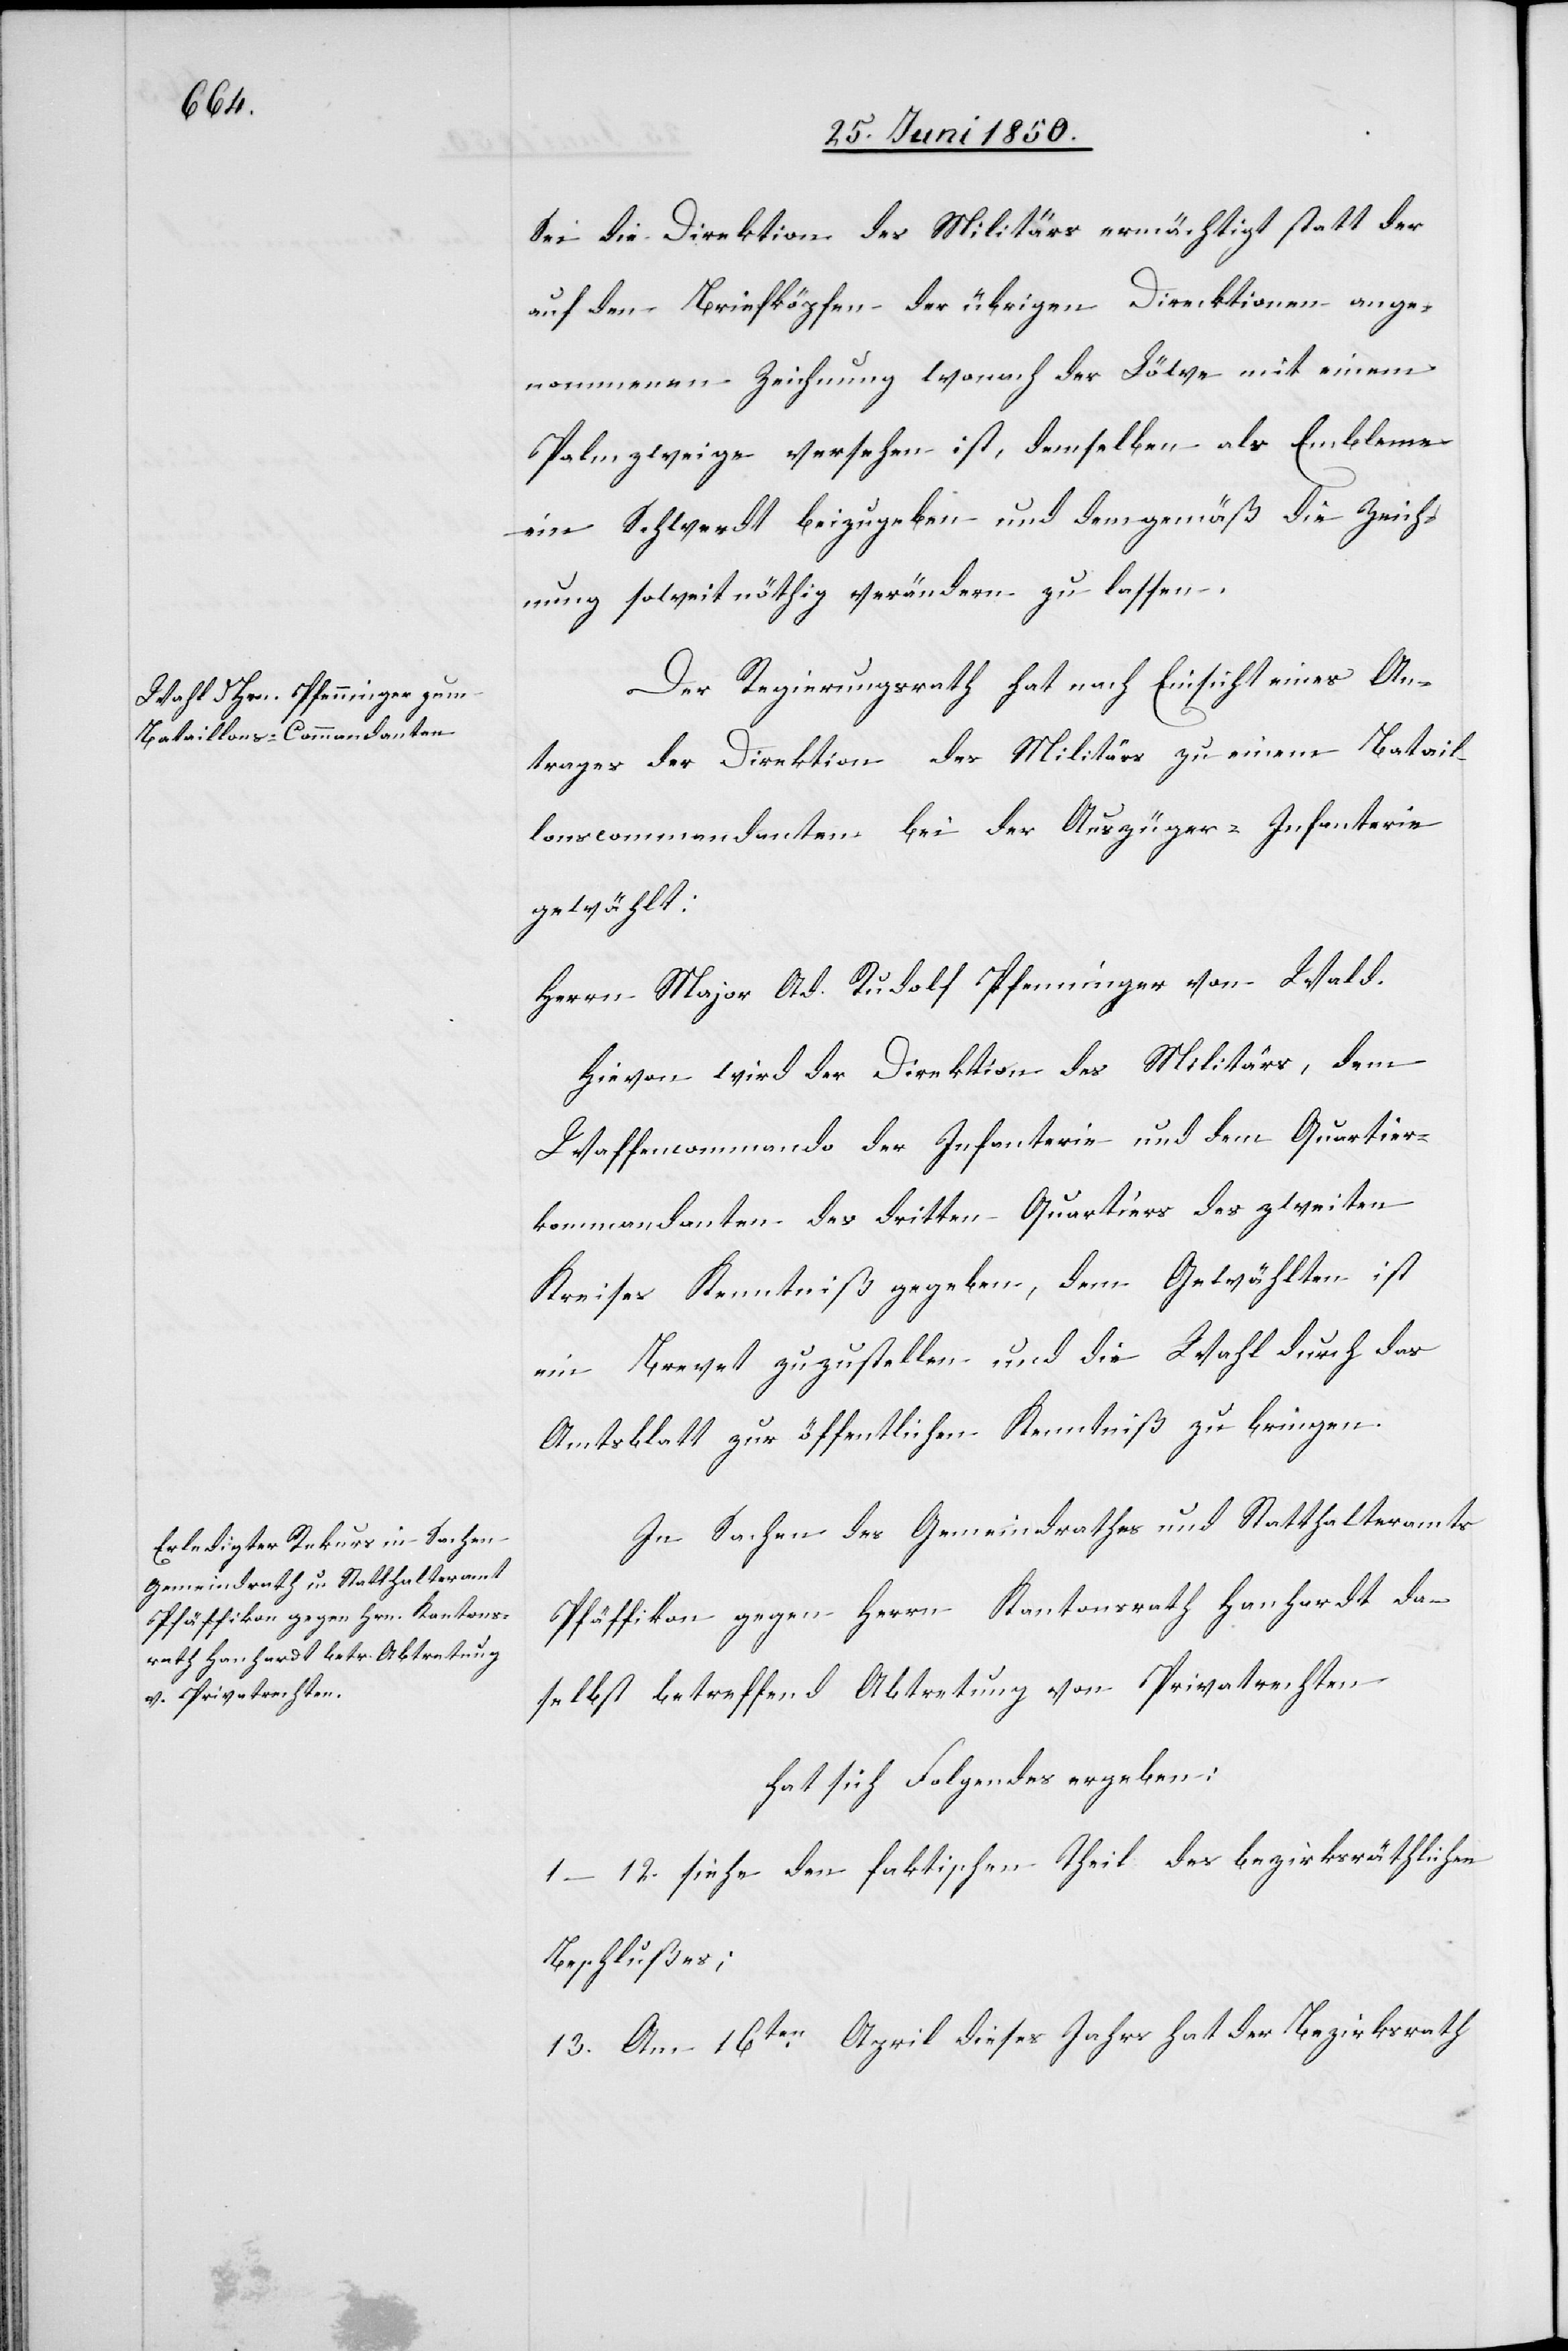
Sei die Direktion des Militärs ermächtigt statt der
auf den Briefköpfen der übrigen Direcktionen ange¬
nommenen Zeichnung wonach der Löwe mit einem
Palmzweige versehen ist, demselben als Embleme
ein Schwerdt beizugeben und demgemäß die Zeich¬
nung soweit nöthig verändern zu lassen.
Der Regierungsrath hat nach Einsicht eines An¬
trages der Direktion des Militärs zu einem Batail¬
lonscommandanten bei der Auszüger-Infanterie
gewählt:
Herrn Major Ad. Rudolf Pfenninger von Wald.
Hievon wird der Direktion des Militärs, dem
Waffencommando der Infanterie und dem Quartier¬
kommandanten des dritten Quartiers des zweiten
Kreises Kenntniß gegeben, dem gewählten ist
ein Brevet zuzustellen und die Wahl durch das
Amtsblatt zur öffentlichen Kenntniß zu bringen.